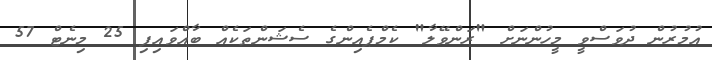
އުމުރުން ދުވަސްވީ މީހުންނަށް "ރަންވޭލާ" ކެމްޕެއިންގެ ސެޝަންތަކެއް ބާއްވައިފި 25 މިނެޓް 57